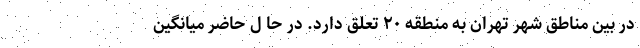
در بین مناطق شهر تهران به منطقه ۲۰ تعلق دارد. در حا ل حاضر میانگین